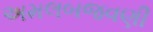
અમલબજવણી